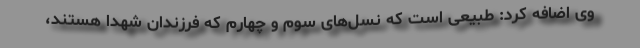
وی اضافه کرد: طبیعی است که نسل‌های سوم و چهارم که فرزندان شهدا هستند،